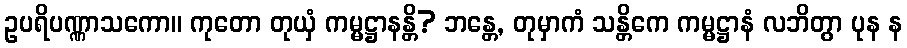
ဥပရိပဏ္ဏာသကော။ ကုတော တုယှံ ကမ္မဋ္ဌာနန္တိ? ဘန္တေ, တုမှာကံ သန္တိကေ ကမ္မဋ္ဌာနံ လဘိတွာ ပုန န